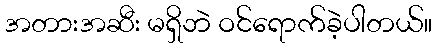
အတားအဆီး မရှိဘဲ ဝင်ရောက်ခဲ့ပါတယ်။